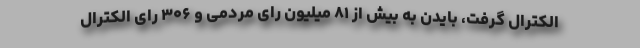
الکترال گرفت، بایدن به بیش از ۸۱ میلیون رای مردمی و ۳۰۶ رای الکترال